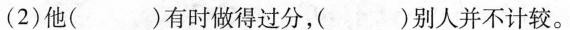
(2)他( )有时做得过分，( )别人并不计较。